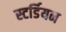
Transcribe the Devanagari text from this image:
स्टर्डियन